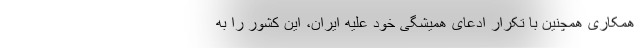
همکاری همچنین با تکرار ادعای همیشگی خود علیه ایران، این کشور را به